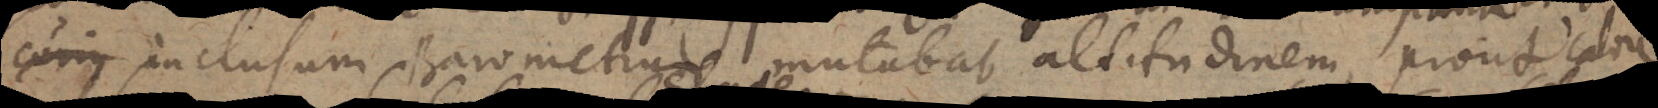
curius inclusum Barometrum mutabat altitudinem, prout calore